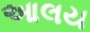
આલય